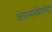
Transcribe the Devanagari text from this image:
ओवरकनेक्टिविटी